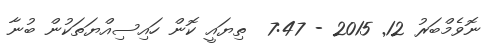
ނޮވެމްބަރު 12